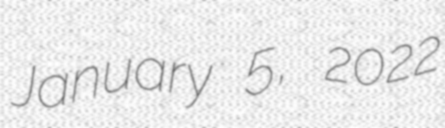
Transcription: January 5, 2022